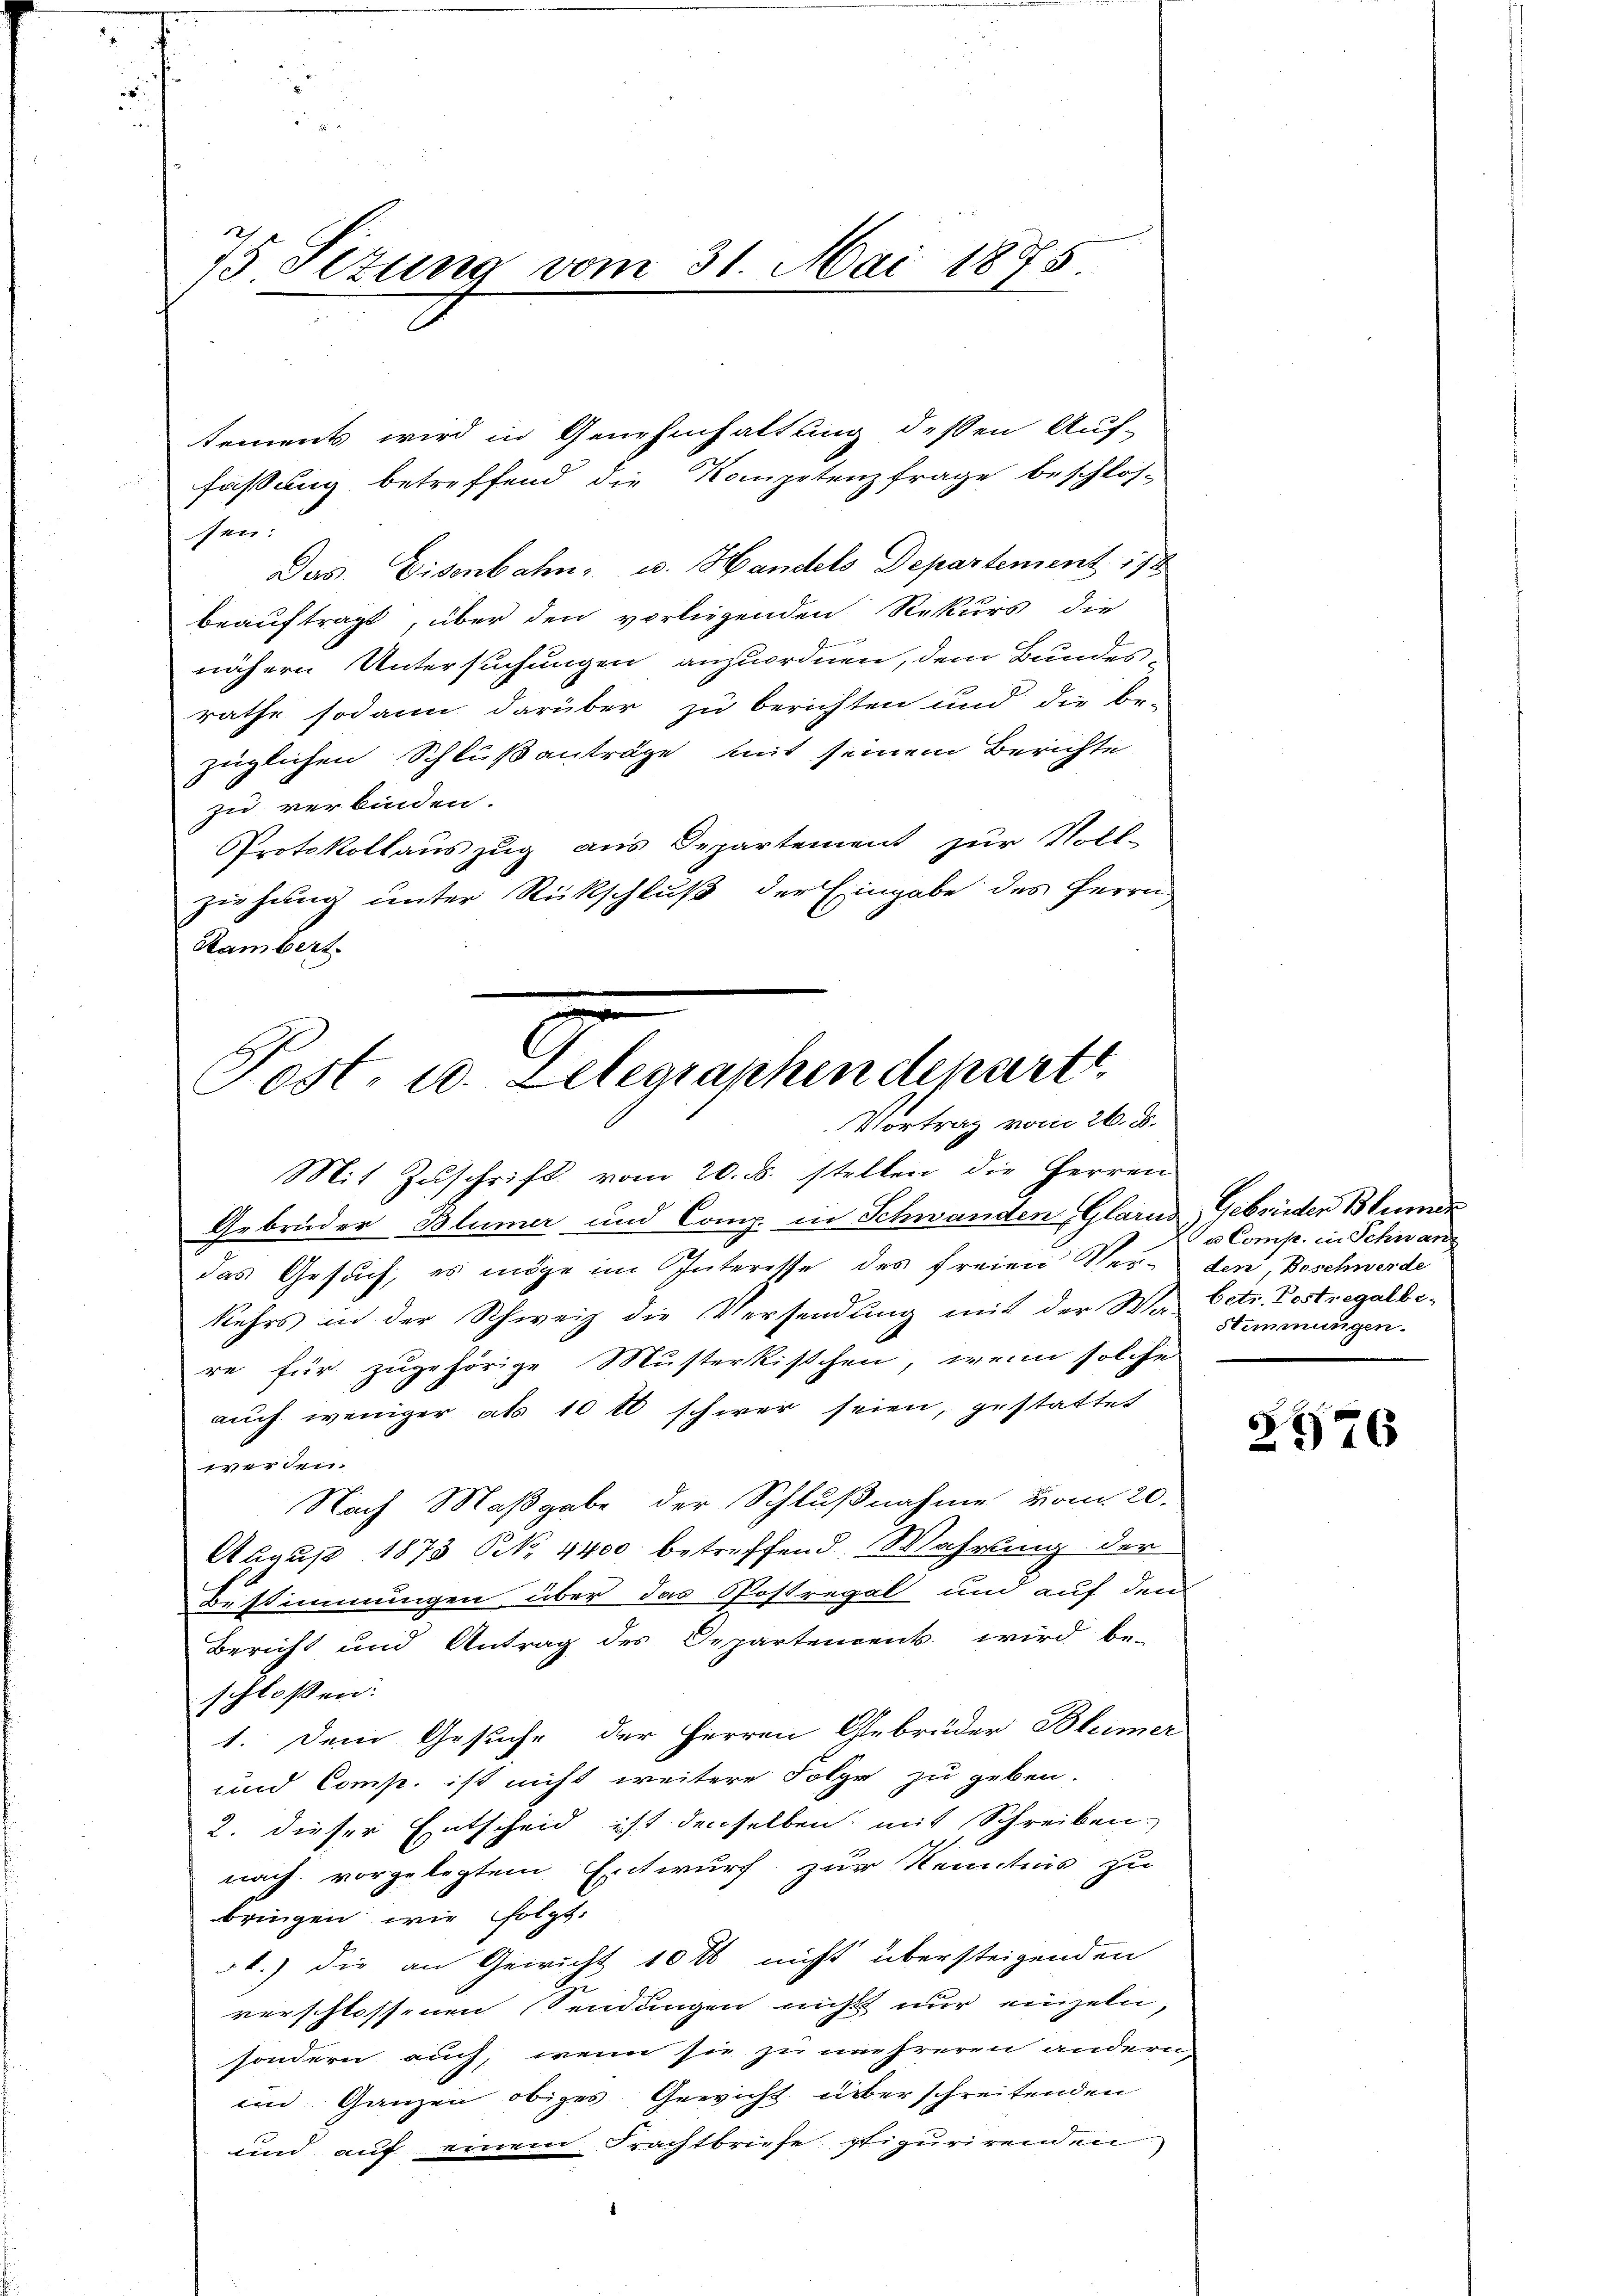
e
i

75. Sizung vom 31. Mai 1875.

tements wird in Genehmhaltung dessen Auf-
fassung betreffend die Kompetenzfrage beschlos-
sen:
Das Eisenbahn u. Handels Departement 178
beauftragt, über den vorliegenden Rekurs die
nähern Untersuchungen anzuordnen, dem Bundes-
rathe sodann darüber zu berichten und die be-
züglichen Schlußanträge mit seinem Berichte
zu verbinden.
Protokollauszug aus Departement zur Voll-
ziehung unter Rückschluß der Eingabe des Herrn
Rambert.

u
Post. 10. Lelegraphen departt
Vortrag vom 26. d.

Mit Zuschrift vom 20. ds. stellen die Herren
Gebrüder Blümer und Comp. in Schwanden (Glarus, Gebrüder Blumen
das Gesuch, es möge im Interesse des freien Ver- den, Beschwerde
kehrs in der Schweiz die Versendung mit der Wa Oetr. Postregalbere für zugehörige Musterkischen, wenn solche
auch weniger als 10 t schwer seien, gestattet
werden.
Nach Maßgabe der Schlußnahme vom 20.
August 1873 N. 4400 betreffend Wahrung der
Bestimmungen über das Postregal und auf dem
Bericht und Antrag des Departement wird be-
schloßen:
1. Dem Gesuche der Herren Gebrüder Blümer
und Comp. ist nicht weitere Folge zu geben.
2. dieser Entscheid ist denselben, mit Schreiben,
nach vorgelegtem Entwurf zur Kenntnis zu
bringen wie folgt:
51.) die an Gewicht 10 t nicht übersteigenden
verschlossenen Sendungen nicht nur einzeln,
sondern auch, wenn sie zu mehreren andern
im Ganzen obiges Gewicht überschreitenden
und auf einem Frachtbriefe stipurirenden

u Comp. in Schwand
Stimmungen.

2576